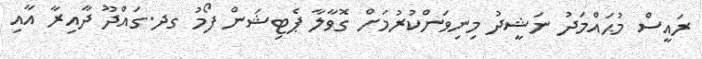
ރައީސް މުޙައްމަދު ނަޝީދު މިނިވަންކުރުމަށް ގޮވާލާ ޕެޓިޝަން ފޯމު ގދ.ގައްދޫ ދާއިރާ އާއި